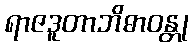
ရာဇဒူတာဘိဓာဝန္တု